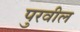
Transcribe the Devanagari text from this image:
पुरवील